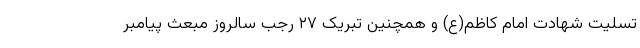
تسلیت شهادت امام کاظم(ع) و همچنین تبریک ۲۷ رجب سالروز مبعث پیامبر